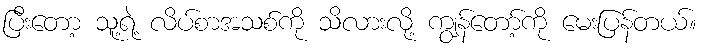
ပြီးတော့ သူ့ရဲ့ လိပ်စာအသစ်ကို သိလားလို့ ကျွန်တော့်ကို မေးပြန်တယ်။